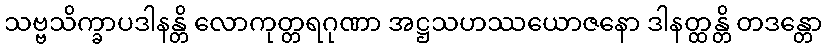
သဗ္ဗသိက္ခာပဒါနန္တိ လောကုတ္တရဂုဏာ အဋ္ဌသဟဿယောဇနော ဒါနတ္ထန္တိ တဒန္တော